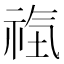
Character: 𥙰